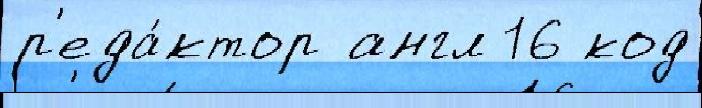
р'еда́ктор англ 16 код